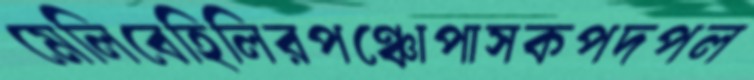
মেলিবেহিলিরপঞ্চোপাসকপদপল